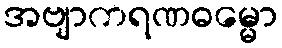
အဗျာကရဏဓမ္မော